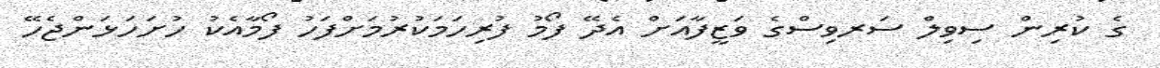
ގެ ކުރިން ސިވިލް ސަރވިސްގެ ވަޒީފާއަށް އެދޭ ފޯމު ފުރިހަމަކުރުމަށްފަހު ފޯމާއެކު ހުށަހަޅަންޖެހޭ